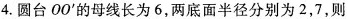
4.圆台OO^{\prime}的母线长为6，两底面半径分别为2，7，则